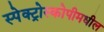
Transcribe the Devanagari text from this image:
स्पेक्ट्रोस्कोपीमधील